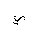
Letter: _ya